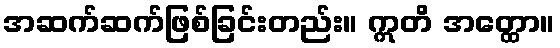
အဆက်ဆက်ဖြစ်ခြင်းတည်း။ ဣတိ အတ္ထော။